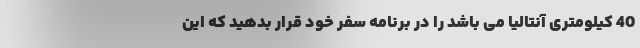
40 كيلومتری آنتاليا می باشد را در برنامه سفر خود قرار بدهید که اين